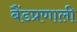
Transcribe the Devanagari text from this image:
बैंडप्रणाली